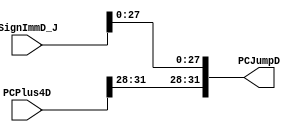
module PC_Jump(SignImmD_J,PCPlus4D,PCJumpD);

input [31:0] SignImmD_J,PCPlus4D;
output wire [31:0] PCJumpD;

assign PCJumpD = {PCPlus4D[31:28],SignImmD_J[27:0]};

endmodule